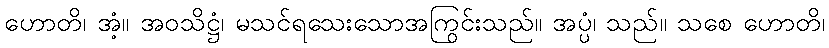
ဟောတိ၊ အံ့။ အဝသိဋ္ဌံ၊ မသင်ရသေးသောအကြွင်းသည်။ အပ္ပံ၊ သည်။ သစေ ဟောတိ၊